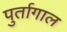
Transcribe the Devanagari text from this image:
पुर्तागाल